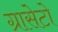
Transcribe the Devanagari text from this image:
ग्रासेटो